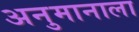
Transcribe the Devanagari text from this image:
अनुमानाला